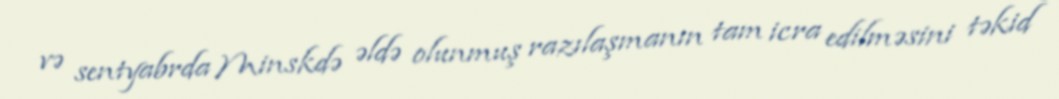
və sentyabrda Minskdə əldə olunmuş razılaşmanın tam icra edilməsini təkid